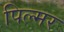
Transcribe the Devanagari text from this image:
पिल्मर